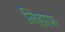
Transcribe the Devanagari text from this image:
लिहाफ़